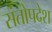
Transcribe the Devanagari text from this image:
संतोपदेश